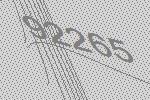
92265